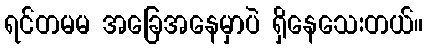
ရင်တမမ အခြေအနေမှာပဲ ရှိနေသေးတယ်။